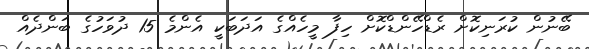
ބޭނުން ކުރަނިކޮށް ރެޑްހޭންޑްކޮށް ހިފާ މީހެއްގެ އަދަބަކީ އެންމެ 15 ދުވަހުގެ ބަންދެއް